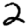
Digit: 2